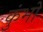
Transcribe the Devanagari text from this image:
कुंभो